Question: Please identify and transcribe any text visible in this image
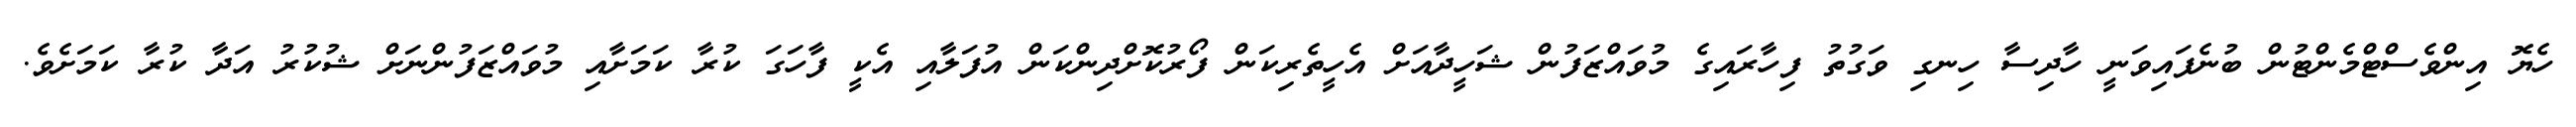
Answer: ހެޔޮ އިންވެސްޓްމެންޓުން ބުނެފައިވަނީ ހާދިސާ ހިނގި ވަގުތު ފިހާރައިގެ މުވައްޒަފުން ޝަހީދާއަށް އެހީތެރިކަން ފޯރުކޮށްދިންކަން އުފަލާއި އެކީ ފާހަގަ ކުރާ ކަމަށާއި މުވައްޒަފުންނަށް ޝުކުރު އަދާ ކުރާ ކަމަށެވެ.